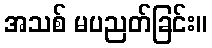
အသစ် မပညတ်ခြင်း။